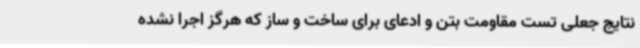
نتایج جعلی تست مقاومت بتن و ادعای برای ساخت و ساز که هرگز اجرا نشده